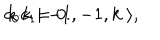
c _ { 0 } c _ { 1 } | \; { - } 1 , { - } 1 , k \; \rangle , \hspace { 1 c m } k { \cdot } k = 0 .